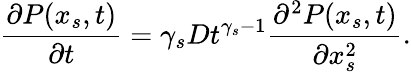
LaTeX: \frac{\partial P(x_{s},t)}{\partial t}=\gamma_{s}Dt^{\gamma_{s}-1}\frac{\partial^{2}P(x_{s},t)}{\partial x_{s}^{2}}.